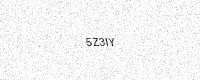
Text: 5Z3IY